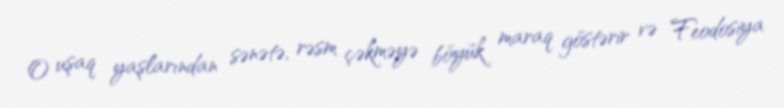
O uşaq yaşlarından sənətə, rəsm çəkməyə böyük maraq göstərir və Feodosiya